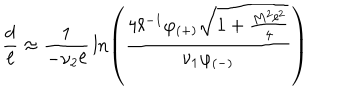
{ \frac { d } { \ell } } \approx { \frac { 1 } { - \nu _ { 2 } \ell } } \ln \left( { \frac { 4 \ell ^ { - 1 } \varphi _ { ( + ) } \sqrt { 1 + { \frac { M ^ { 2 } \ell ^ { 2 } } { 4 } } } } { \nu _ { 1 } \varphi _ { ( - ) } } } \right)